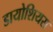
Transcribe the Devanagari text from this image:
डायोशियस